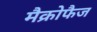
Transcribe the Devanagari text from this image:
मैक्रोफैज